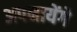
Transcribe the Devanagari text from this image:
अपनायेंगे